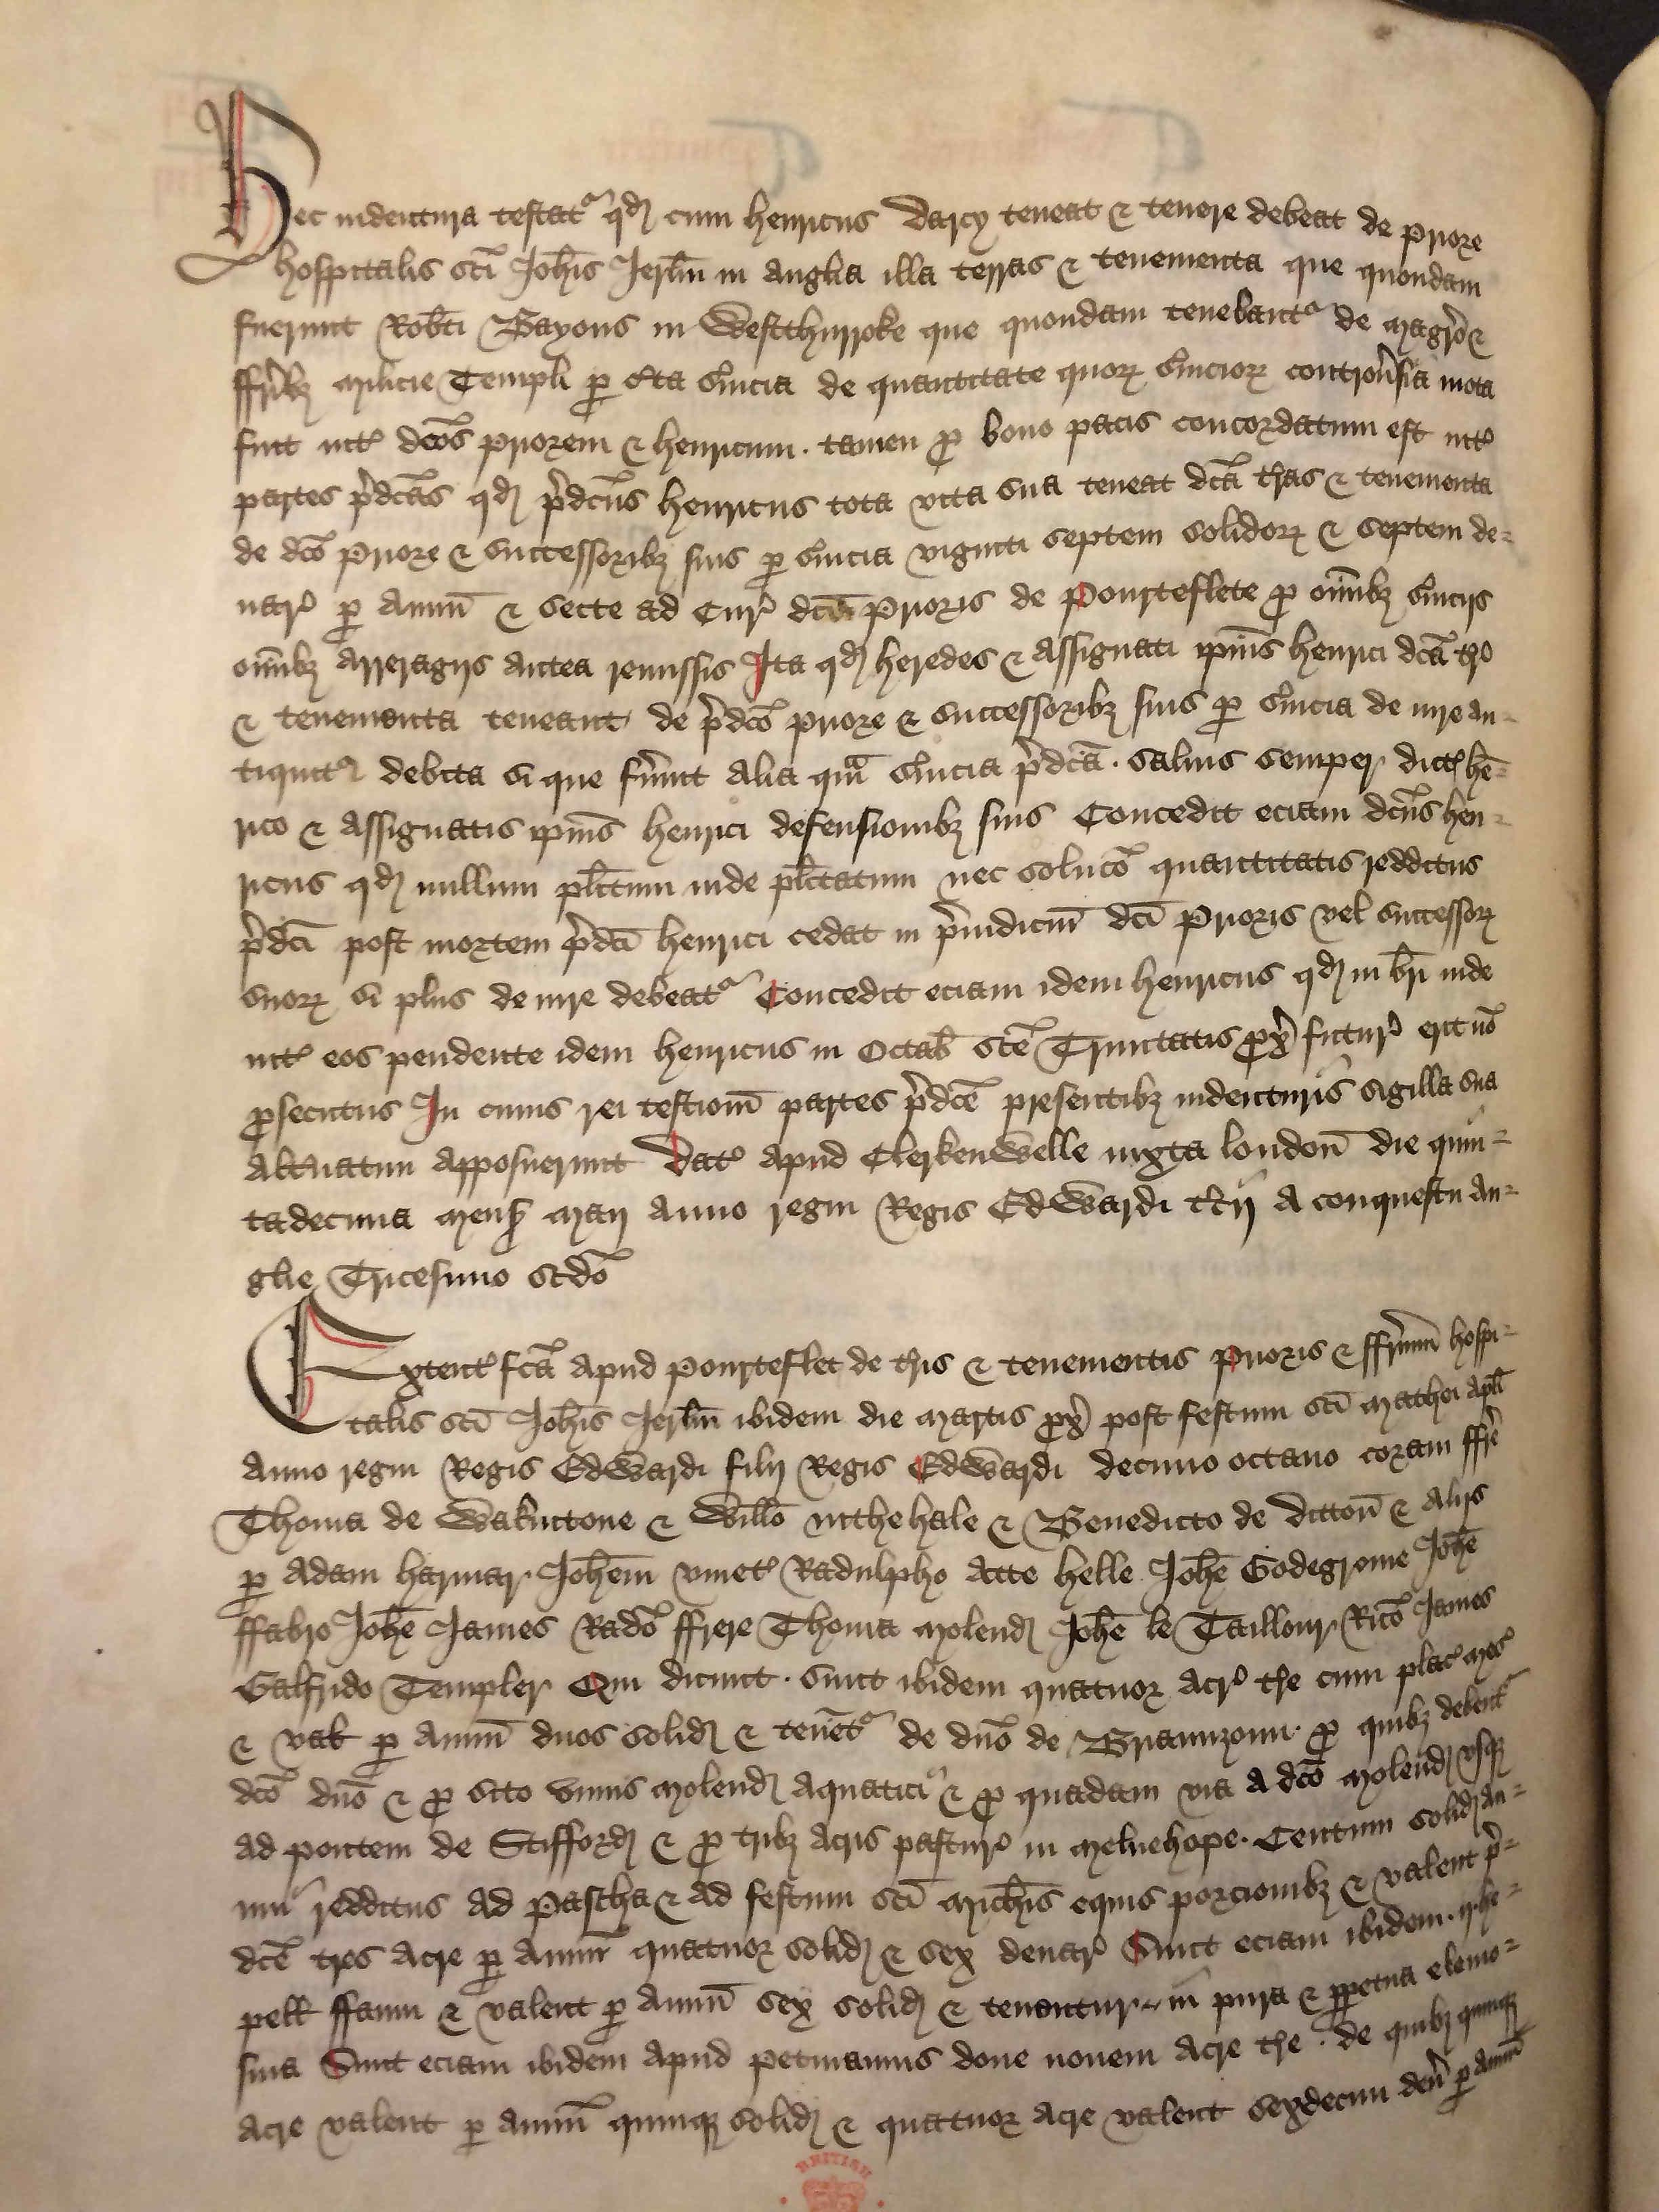
Shelfmark: London, British Library, Nero E VI
Century: 15